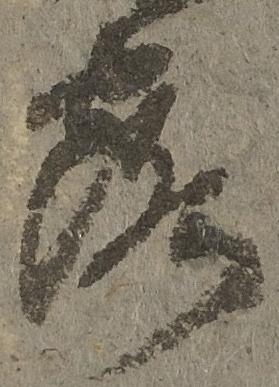
露